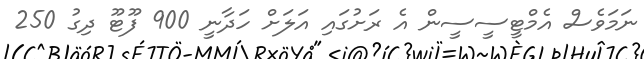
ނަމަވެސް އެމްޓީސީސީން އެ ރަށުގައި އަލަށް ހަދާނީ 900 ފޫޓޫ ދިގު 250